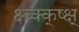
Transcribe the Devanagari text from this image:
क्ष्च्क्क्ष्क्ष्